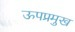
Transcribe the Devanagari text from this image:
ऊपप्रमुख